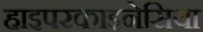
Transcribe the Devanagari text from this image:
हाइपरकाइनेसिया